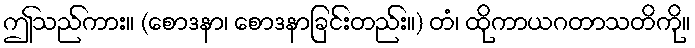
ဤသည်ကား။ (စောဒနာ၊ စောဒနာခြင်းတည်း။) တံ၊ ထိုကာယဂတာသတိကို။